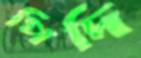
পিদি